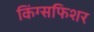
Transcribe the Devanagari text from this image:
किंग्सफिशर